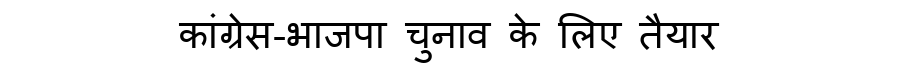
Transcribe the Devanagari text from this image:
कांग्रेस-भाजपा चुनाव के लिए तैयार